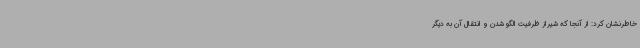
خاطرنشان کرد: از آنجا که شیراز ظرفیت الگو شدن و انتقال آن به دیگر